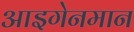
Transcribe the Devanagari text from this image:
आइगेनमान